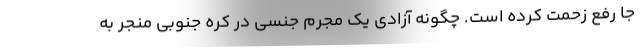
جا رفع زحمت کرده است. چگونه آزادی یک مجرم جنسی در کره جنوبی منجر به